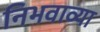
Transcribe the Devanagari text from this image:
निभवाव्या